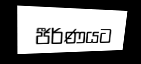
ජීර්ණයට